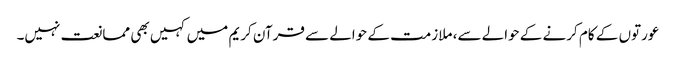
عورتوں کے کام کرنے کے حوالے سے، ملازمت کے حوالے سے قرآن کریم میں کہیں بھی ممانعت نہیں۔